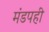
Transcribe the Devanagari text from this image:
मंडपही